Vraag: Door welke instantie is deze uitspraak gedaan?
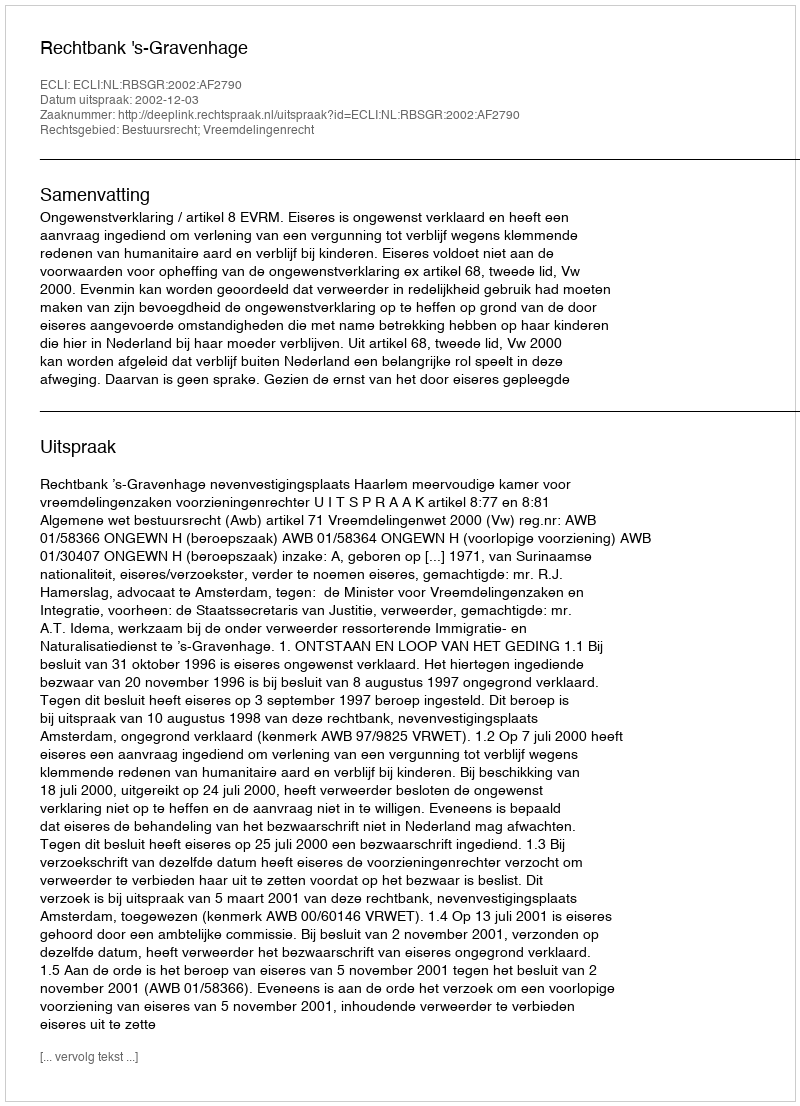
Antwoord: Rechtbank 's-Gravenhage